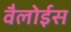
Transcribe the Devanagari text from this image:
वैलोईस